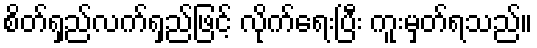
စိတ်ရှည်လက်ရှည်ဖြင့် လိုက်ရေးပြီး ကူးမှတ်ရသည်။